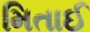
મિતાઈ